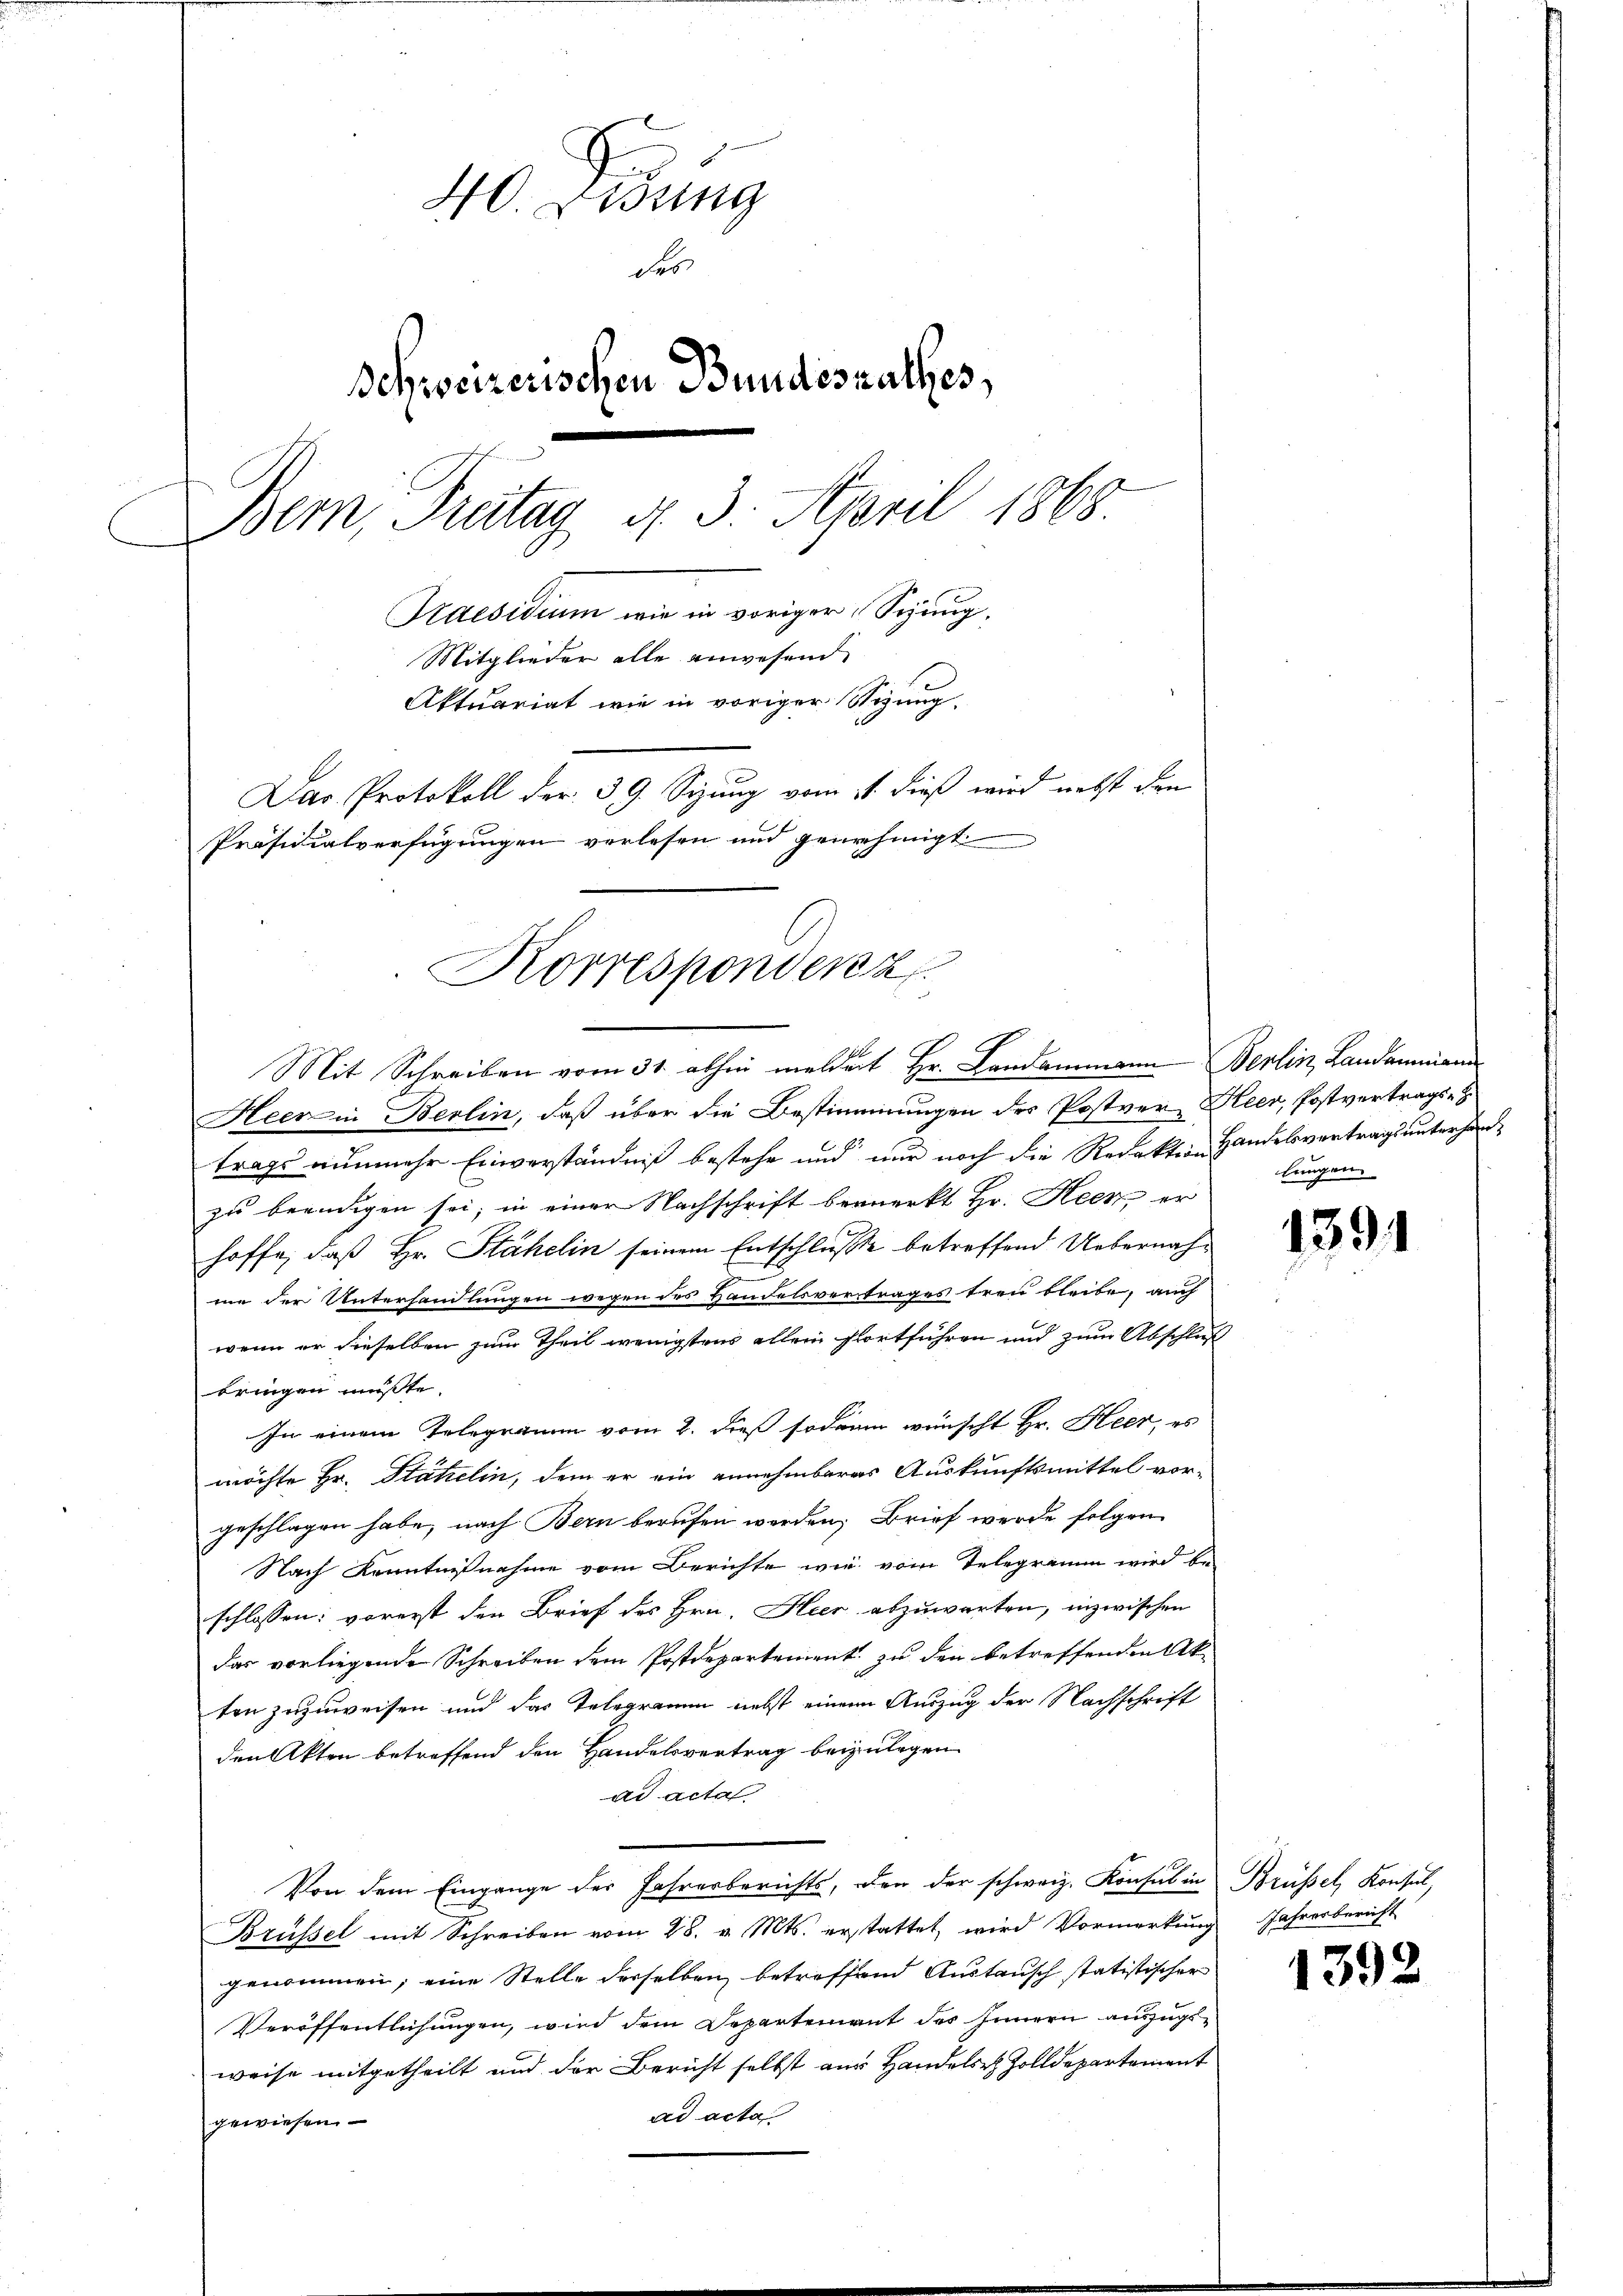
40. Didung
des
Schweizerischen Bundesrathes,
Bem, Pritag d. 3. April 1868.
Praesidium wie in voriger Seung.
Mitglieder alle anwesend
Aktuariat wie in voriger Stizung.
Dar. Protokoll der 39. Sizung vom 11. dieß wird nebst den
Präsidialverfügungen vorlesen und genehmigt

Korrespondenz
Mit Schreiben vom 31. abhin meldert Hr. Landammann Berlin, Landammann

Heer in Berlin, daß über die Bestimmungen der Postver Heer, Postvertrags-
trags nunmehr Einverständniß bestehe und nur noch die Redaktion Handelsvertrags unterhanzu beendigen sei; in einer Nachschrift bemerkt Hr. Heer, er
hoffe, daß Hr. Stähelin seinem Entschluße betreffend Uebernahmie der Unterhandlungen wegen des Handelsvertrages treu bleibe, auch
wenn er dieselben zum Theil wenigstens allein fortführen und zum Abschluß
bringen müßte.
In einem Telegramm vom 2. dieß sodann wünscht Hr. Heer, es
möchte Hr. Platzelin, dem er ein annehmbares Auskunftsmittel vor-
geschlagen habe, nach Bern berufen werden, Brief werde folgen
Nach Kenntnißnahme vom Berichte wie vom Telegramm wird be-
schlossen: vorerst den Brief des Hrn. Heer abzuwarten, inzwischen
das vorliegende Schreiben dem Postdepartement zu den betreffenden Akton zuzuweisen und das Telegramm nebst einem Auszug der Nachschrift
den Akten betreffend den Handelsvertrag beizulegen
ad acta
Von dem Eingange des Jahresberichts, den der schweiz. Konsul in Brüssel, Konsul,
Brüssel mit Schreiben vom 28. v. Mts. erstattet, wird Vormerkung Jahresbericht
genommen; eine Stelle derselben betreffend Austausch statistischer
Veröffentlichungen, wird dem Departement des Innern auszugsweise mitgetheilt und der Bericht selbst aus Handelsr. Zolldepartement
ad acta
gewiesen. —

lungen.

1391

1392